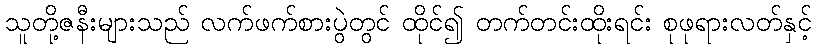
သူတို့ဇနီးများသည် လက်ဖက်စားပွဲတွင် ထိုင်၍ တက်တင်းထိုးရင်း စုဖုရားလတ်နှင့်